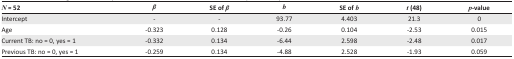
| N = 52 | β | SE of β | b | SE of b | t (48) | p-value |
 | --- | --- | --- | --- | --- | --- | --- |
 | Intercept | - | - | 93.77 | 4.403 | 21.3 | 0 |
 | Age | -0.323 | 0.128 | -0.26 | 0.104 | -2.53 | 0.015 |
 | Current TB: no = 0, yes = 1 | -0.332 | 0.134 | -6.44 | 2.598 | -2.48 | 0.017 |
 | Previous TB: no = 0, yes = 1 | -0.259 | 0.134 | -4.88 | 2.528 | -1.93 | 0.059 |